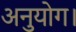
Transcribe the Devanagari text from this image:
अनुयोग।